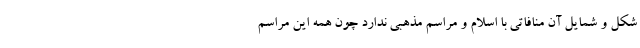
شکل و شمایل آن منافاتی با اسلام و مراسم مذهبی ندارد چون همه این مراسم